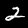
Label: 2